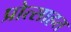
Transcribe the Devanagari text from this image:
प्रोत्साहत